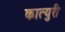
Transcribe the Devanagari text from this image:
कात्‍युरी